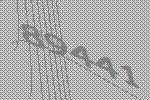
89441